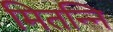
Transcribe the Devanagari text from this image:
मितन्नि